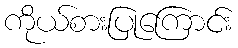
ကိုယ်စားပြုကြောင်း